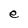
Character: e